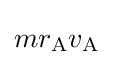
mr_{\text{A}}v_{\text{A}}